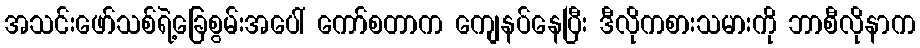
အသင်းဖော်သစ်ရဲ့ခြေစွမ်းအပေါ် ကော်စတာက ကျေနပ်နေပြီး ဒီလိုကစားသမားကို ဘာစီလိုနာက